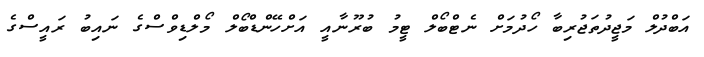
އަބްދުލް މަޖީދުތަޖުރިބާ ހޯދުމަށް ނެޓްބޯލް ޓީމު ބުރޫނާއީ އަށްހޭންޑްބޯލް މޯލްޑިވްސްގެ ނައިބު ރައީސްގެ